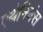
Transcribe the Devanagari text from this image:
एथेनियंस